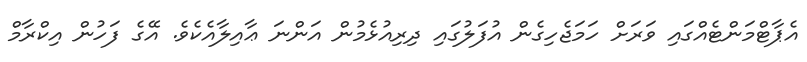
އެޕާޓްމަންޓެއްގައި ވަރަށް ހަމަޖެހިގެން އުފަލުގައި ދިރިއުޅެމުން އަންނަ ޢާއިލާއެކެވެ. އޭގެ ފަހުން އިކްރާމް